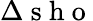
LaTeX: \Delta{\mathrm{~s~h~o~}}